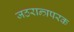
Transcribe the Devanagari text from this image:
जठरान्त्रपरक